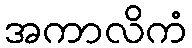
အကာလိကံ